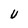
Character: U